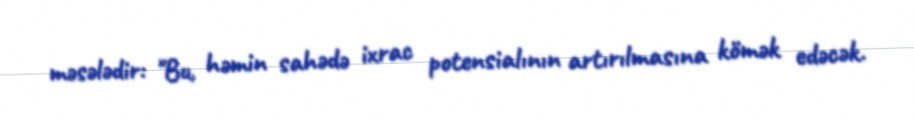
məsələdir: "Bu, həmin sahədə ixrac potensialının artırılmasına kömək edəcək.